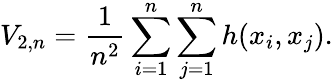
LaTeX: V_{2,n}={\frac{1}{n^{2}}}\sum_{i=1}^{n}\sum_{j=1}^{n}h(x_{i},x_{j}).